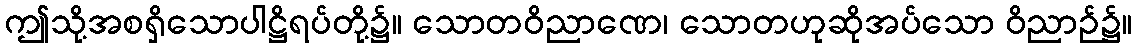
ဤသို့အစရှိသောပါဋ္ဌိရပ်တို့၌။ သောတဝိညာဏေ၊ သောတဟုဆိုအပ်သော ဝိညာဉ်၌။